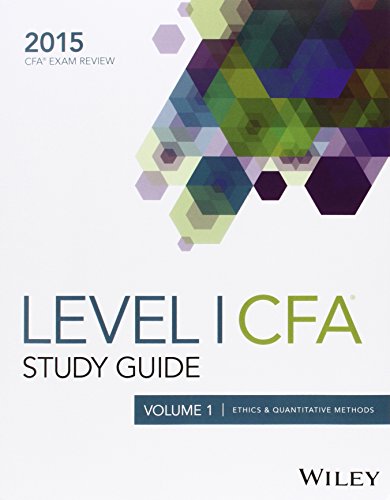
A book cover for Wiley Study Guide for 2015 Level I CFA Exam: Complete Set; Wiley; Business & Money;